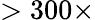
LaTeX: >300\times